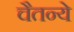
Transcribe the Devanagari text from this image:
चैतन्ये